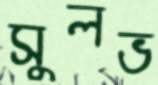
সুলভ